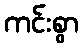
ကင်းစွာ